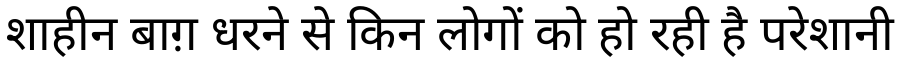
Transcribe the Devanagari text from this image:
शाहीन बाग़ धरने से किन लोगों को हो रही है परेशानी